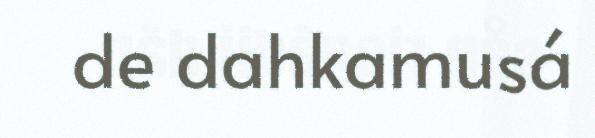
de dahkamusá